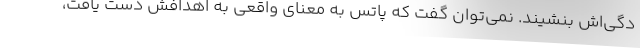
دگی‌اش بنشیند. نمی‌توان گفت که پاتس به معنای واقعی به اهدافش دست یافت،